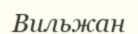
Вильжан